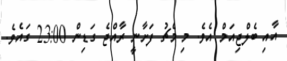
އާއި ބެލްޖިއަމް އެވެ. މި މެޗު ފަށާނީ ރާއްޖެ ގަޑިން 23:00 ގައެވެ.